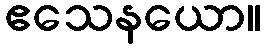
ဧသေနယော။